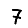
Digit: 7